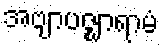
အဗျာပဇ္ဈာရာမံ